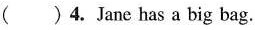
( )4. Jane has a big bag.